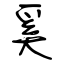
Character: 奚